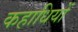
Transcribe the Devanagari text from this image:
कहाधियों